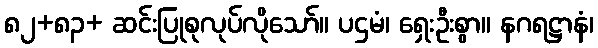
၈၂+၈၃+ ဆင်းပြုစုလုပ်လိုသော်။ ပဌမံ၊ ရှေးဦးစွာ။ နဂရဋ္ဌာနံ၊